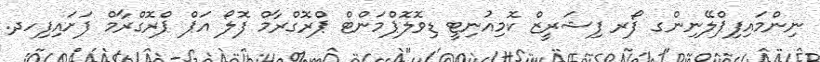
ނިންމައިފިޕްލޭނިންގ ފޯރ ފިޝަރީޒް ކޮމިއުނިޓީ ޑިވޮލޮޕްމަންޓް ޕްރޮގްރާމް ފޮލޯ އަޕް ޕްރޮގްރާމް ފަށައިފިހދ.